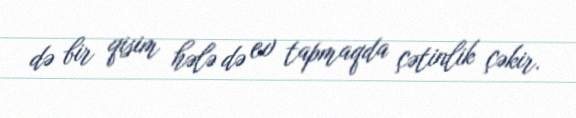
də bir qisim hələ də ev tapmaqda çətinlik çəkir.